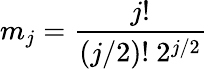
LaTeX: m_{j}=\frac{j!}{(j/2)!\ 2^{j/2}}